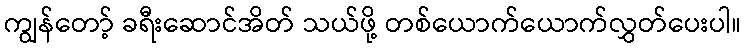
ကျွန်တော့် ခရီးဆောင်အိတ် သယ်ဖို့ တစ်ယောက်ယောက်လွှတ်ပေးပါ။